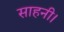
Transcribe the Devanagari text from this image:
साहनी।